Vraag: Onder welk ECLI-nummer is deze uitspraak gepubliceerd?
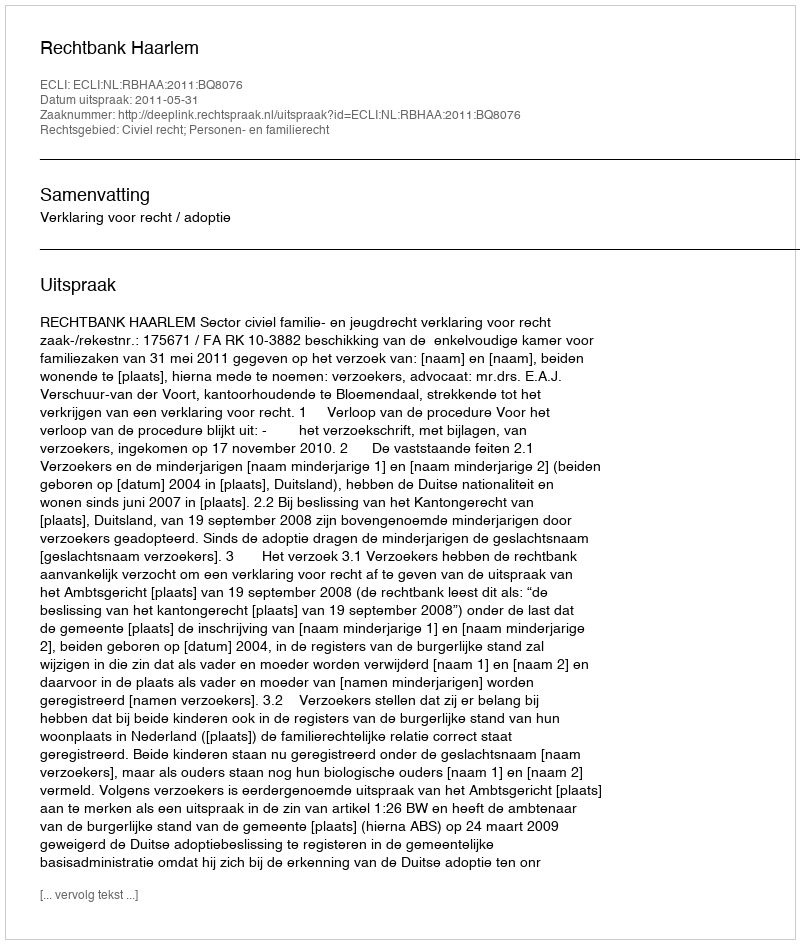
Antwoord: ECLI:NL:RBHAA:2011:BQ8076